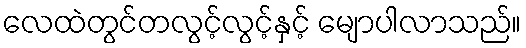
လေထဲတွင်တလွင့်လွင့်နှင့် မျောပါလာသည်။